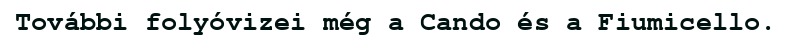
További folyóvizei még a Cando és a Fiumicello.